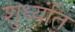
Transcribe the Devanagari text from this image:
शुध्यंति